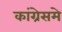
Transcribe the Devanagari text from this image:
कांग्रेसमे